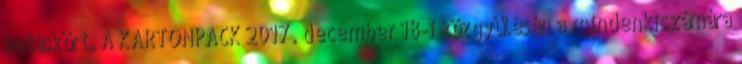
hatáskört. A KARTONPACK 2017. december 18-i közgyűlésén a mindenkiszámára